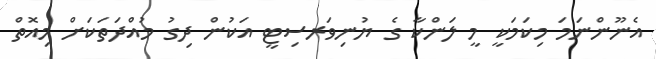
އެނޫންނަަމަ މިކަމަކީ މީ ލަންކާ ގެ ޔުނިވަރސިޓީ އަކުން ދިގު މުއްދަތަކަށް މިއޮތް